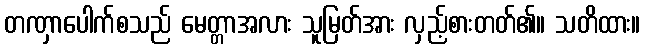
တဏှာပေါက်စသည် မေတ္တာအလား သူမြတ်အား လှည့်စားတတ်၏။ သတိထား။